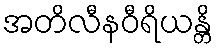
အတိလီနဝီရိယန္တိ